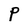
Character: P